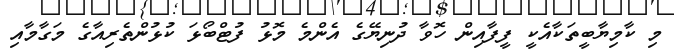
މި ކާމިޔާބީތަކާއެކީ ފީފާއިން ހޮވާ ދުނިޔޭގެ އެންމެ މޮޅު ފުޓްބޯޅަ ކުޅުންތެރިއާގެ މަގާމާއި